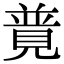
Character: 𧡟